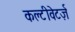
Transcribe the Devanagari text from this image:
कल्टीवेटर्ज़